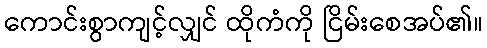
ကောင်းစွာကျင့်လျှင် ထိုကံကို ငြိမ်းစေအပ်၏။